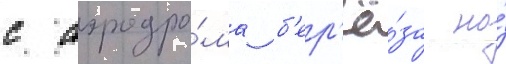
с аэродро́ма б'ер'ё́за на́